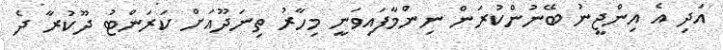
އަދި އެ އިންޖީނު ބޭނުންކުރަން ނިންމާފައިވަނީ މިހާރު ތިނަދޫއަށް ކަރަންޓު ދޫކުރާ ދެ